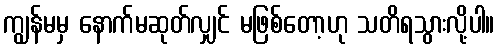
ကျွန်မမှ နောက်မဆုတ်လျှင် မဖြစ်တော့ဟု သတိရသွားလို့ပါ။